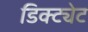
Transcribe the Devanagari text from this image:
डिक्ट्येट